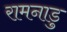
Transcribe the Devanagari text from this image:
रामनाडु